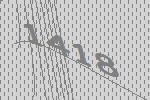
1418